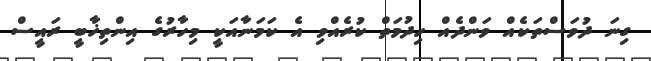
ގިނަ ދުވަސްތަކެއް ވަންދެއް ހިދުމަތް ކުރެއްވި އެ ކަމަނާއަކީ މިހާރުގެ އިންތިޚާބީ ރައީސް